Sketch of the medical history of the native army of Bombay, for the year
Year: 1872
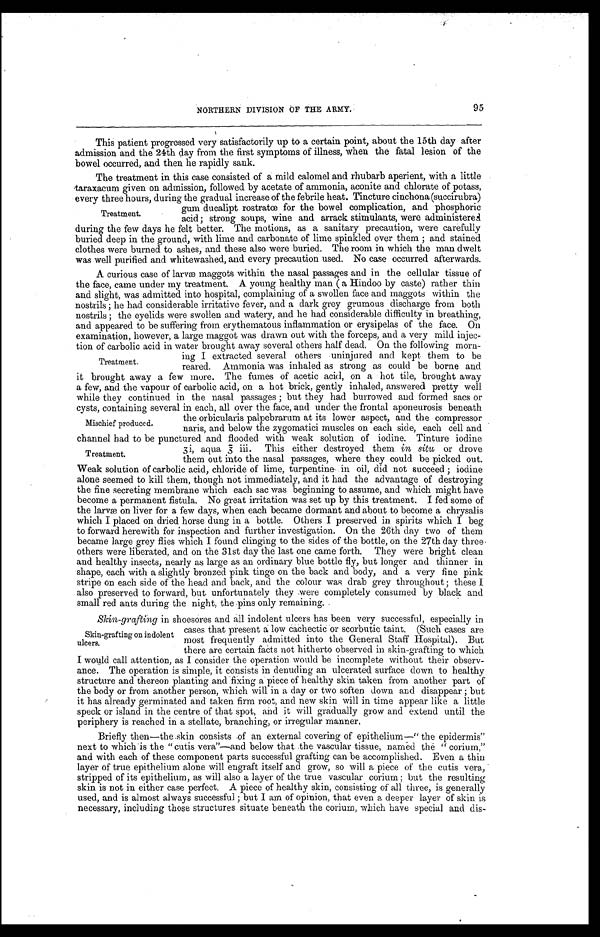
NORTHERN DIVISION OF THE ARMY.
95
This patient progressed very satisfactorily up to a certain point, about the 15th day after
admission and the 24th day from the first symptoms of illness, when the fatal lesion of the
bowel occurred, and then he rapidly sank.
The treatment in this case consisted of a mild calomel and rhubarb aperient, with a little
taraxacum given on admission, followed by acetate of ammonia, aconite and chlorate of potass,
every three hours, during the gradual increase of the febrile heat. Tincture cinchona (succirubra)
gum ducalipt rostratœ for the bowel complication, and phosphoric
T
acid ; strong soups, wine and arrack stimulants, were administered
during the few days he felt better. The motions, as a sanitary precaution, were carefully
buried deep in the ground, with lime and carbonate of lime spinkled over them ; and stained
clothes were burned to ashes, and these also were buried. The room in which the man dwelt
was well purified and whitewashed, and every precaution used. No case occurred afterwards.
A curious case of larvæ maggots within the nasal passages and in the cellular tissue of
the face, came under my treatment. A young healthy man ( a Hindoo by caste) rather thin
and slight, was admitted into hospital, complaining of a swollen face and magg maggots within the
nostrils ; he had considerable irritative fever, and a dark grey grumous discharge from both
nostrils ; the eyelids were swollen and watery, and he had considerable difficulty in breathing,
and appeared to be suffering from erythematous inflammation or erysipelas of the face. On
examination, however, a large maggot was drawn out with the forceps, and a very mild injec--
tion of carbolic acid in water brought away several others half dead. On the following morn-
ing I extracted several others uninjured and kept them to be
Treatment.
reared. Ammonia was inhaled as strong as could be borne and
it brought away a few more. The fumes of acetic acid, on a hot tile, brought away
a few, and the vapour of carbolic acid, on a hot brick, gently inhaled, answered pretty well
while they continued in the nasal passages ; but they had burrowed and formed sacs or
cysts, containing several in each, all over the face, and under the frontal aponeurosis beneath
the orbicularis palpebrarum at its lower aspect, and the compressor
Mischief produced.
naris, and below the zygomatici muscles on each side, each cell and
channel had to be punctured and flooded with weak solution of iodine. Tinture iodine
.
3i, aqua 3 iii. This either destroyed them in situ, or drove
Treament
them out into the nasal passages, where they could be picked out.
Weak solution of carbolic acid, chloride of lime, turpentine in oil, did not succeed ; iodine
alone seemed to kill them, though not immediately, and it had the advantage of destroying
the fine secreting membrane which each sac was beginning to assume, and which might have
become a permanent fistula. No great irritation was set up by this treatment. I fed some of
the larvæ on liver for a few days, when each became dormant and about to become a chrysalis
which I placed on dried horse dung in a bottle. Others I preserved in spirits which I beg
to forward herewith for inspection and further investigation. On the 26th day two of them
became large grey flies which I found clinging to the sides of the bottle, on the 27th day three
others were liberated, and on the 31st day the last one came forth. They were bright clean
and healthy insects, nearly as large as an ordinary blue bottle fly, but longer and thinner in
shape, each with a slightly bronzed pink tinge on the back and body, and a very fine pink
stripe on each side of the head and back, and the colour was drab grey throughout ; these I
also preserved to forward, but unfortunately they were completely consumed by black and
small red ants during the night, the pins only remaining. .
Skin-grafting in shoesores and all indolent ulcers has been very successful, especially in
cases that present a low cachectic or scorbutic taint. (Such cases are
Skin-grafting on indolent
ulcers.
most frequently admitted into the General Staff Hospital). But
there are certain facts not hitherto observed in skin-grafting to which
I would call attention, as I consider the operation would be incomplete without their observ-
ance. The operation is simple, it consists in denuding an ulcerated surface down to healthy
structure and thereon planting and fixing a piece of healthy skin taken from another part of
the body or from another person, which will in a day or two soften down and disappear ; but
it has already germinated and taken firm root, and new skin will in time appear like a little
speck or island in the centre of that spot, and it will gradually grow and extend until the
periphery is reached in a stellate, branching, or irregular manner.
Briefly then—the skin consists of an external covering of epithelium—" the epidermis"
next to which is the " cutis vera"—and below that the vascular tissue, named the " corium,"
and with each of these component parts successful grafting can be accomplished. Even a thin
layer of true epithelium alone will engraft itself and grow, so will a piece of the cutis vera,
stripped of its epithelium, as will also a layer of the true vascular corium; but the resulting
skin is not in either case perfect. A piece of healthy skin, consisting of all three, is generally
used, and is almost always successful ; but I am of opinion, that even a deeper layer of skin is
necessary, including those structures situate beneath the corium, which have special and dis-